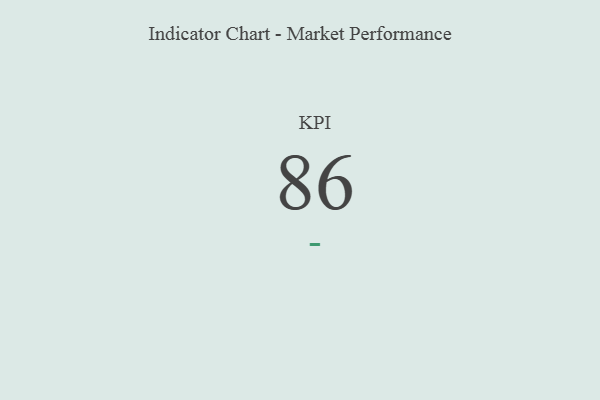
{"axis": {"x": "KPI", "y": "Value"}, "legend": [""], "data": [{"x": "KPI", "y": 86, "type": ""}]}